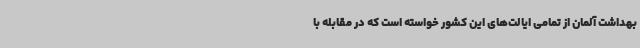
بهداشت آلمان از تمامی ایالت‌های این کشور خواسته است که در مقابله با